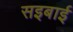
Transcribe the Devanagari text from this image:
सइबाई